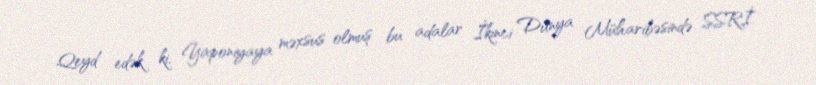
Qeyd edək ki, Yaponiyaya məxsus olmuş bu adalar İkinci Dünya Müharibəsində SSRİ